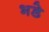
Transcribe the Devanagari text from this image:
भडे